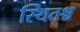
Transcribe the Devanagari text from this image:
स्थितश्च